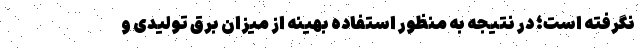
نگرفته است؛ در نتیجه به منظور استفاده بهینه از میزان برق تولیدی و